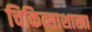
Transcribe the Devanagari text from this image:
चिकित्साशाखा